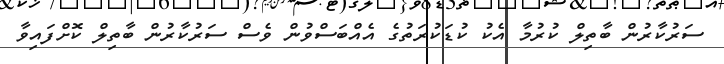
ސަރުކާރުން ބާތިލް ކުރުމާ އެކު ކުޑަކުރަތުގެ އެއްބަސްވުން ވެސް ސަރުކާރުން ބާތިލް ކޮށްފައިވާ